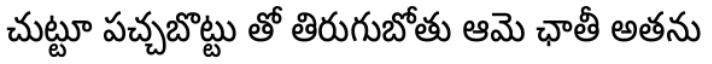
చుట్టూ పచ్చబొట్టు తో తిరుగుబోతు ఆమె ఛాతీ అతను